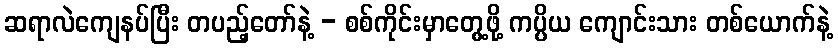
ဆရာလဲကျေနပ်ပြီး တပည့်တော်နဲ့ - စစ်ကိုင်းမှာတွေ့ဖို့ ကပ္ပိယ ကျောင်းသား တစ်ယောက်နဲ့